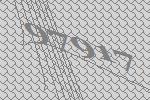
97917